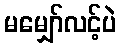
မမျှော်လင့်ပဲ